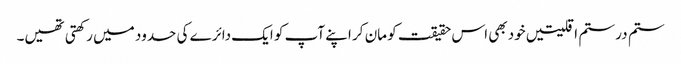
ستم در ستم اقلیتیں خود بھی اس حقیقت کو مان کر اپنے آپ کو ایک دائرے کی حدود میں رکھتی تھیں۔